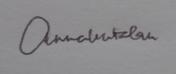
Signature authenticity: genuine